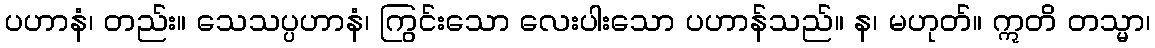
ပဟာနံ၊ တည်း။ သေသပ္ပဟာနံ၊ ကြွင်းသော လေးပါးသော ပဟာန်သည်။ န၊ မဟုတ်။ ဣတိ တသ္မာ၊